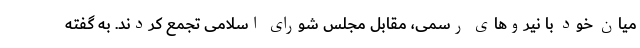
میان خود با نیروهای رسمی، مقابل مجلس شورای اسلامی تجمع کردند. به گفته